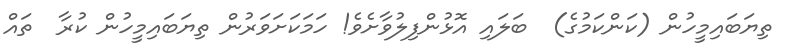
ތިޔަބައިމީހުން (ކަންކަމުގެ)  ބަލައި އޮޅުންފިލުވާށެވެ! ހަމަކަށަވަރުން ތިޔަބައިމީހުން ކުރާ  ތައް